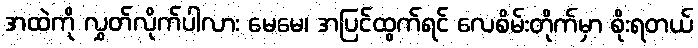
အထဲကို လွှတ်လိုက်ပါလား မေမေ၊ အပြင်ထွက်ရင် လေစိမ်းတိုက်မှာ စိုးရတယ်